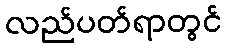
လည်ပတ်ရာတွင်